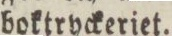
boktryckeriet.